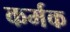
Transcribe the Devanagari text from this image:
कर्मक